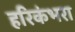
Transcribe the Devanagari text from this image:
हरिकंभरा